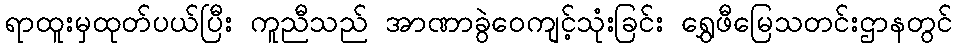
ရာထူးမှထုတ်ပယ်ပြီး ကူညီသည် အာဏာခွဲဝေကျင့်သုံးခြင်း ရွှေဖီမြေသတင်းဌာနတွင်